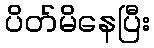
ပိတ်မိနေပြီး